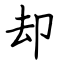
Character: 却